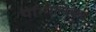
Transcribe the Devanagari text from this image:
पैन्गिलिकधा